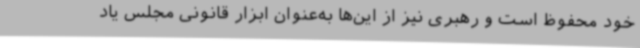
خود محفوظ است و رهبری نیز از این‌ها به‌عنوان ابزار قانونی مجلس یاد